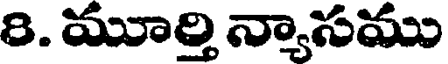
8. మూర్తి న్యాసము